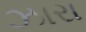
ઝારા